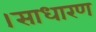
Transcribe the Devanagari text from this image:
।साधारण